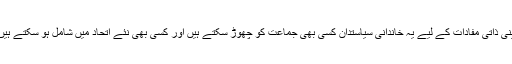
اپنی ذاتی مفادات کے لیے یہ خاندانی سیاستدان کسی بھی جماعت کو چھوڑ سکتے ہیں اور کسی بھی نئے اتحاد میں شامل ہو سکتے ہیں۔